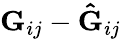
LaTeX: \mathbf{G}_{ij}-\mathbf{\hat{G}}_{ij}